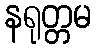
နရုတ္တမ